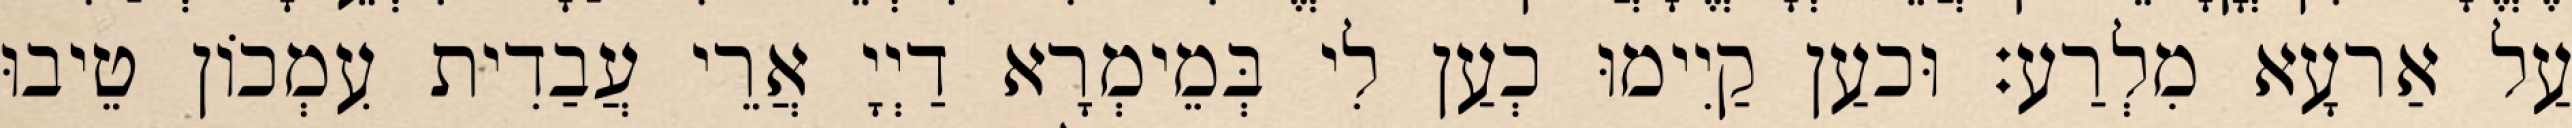
עַל אַרעָא מִלְרַע׃ וּכעַן קַיִימוּ כְעַן לִי בְּמֵימְרָא דַיְיָ אֲרֵי עֲבַדִית עִמְכוֹן טֵיבוּ